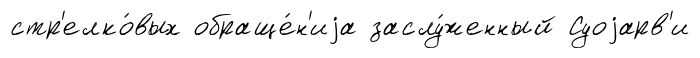
стр'елко́вых обраще́н'иjа заслу́женный Суоjарв'и